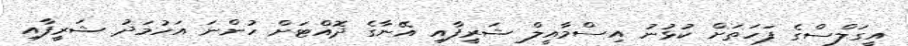
އީގަލްސްގެ ފަހަތަށް ކުޅުނު އިސްމާއީލް ޝަރީފާއި އޭނާގެ ދޮއްޓަށް ހުންނަ އަހުމަދު ޝަރީފާއި